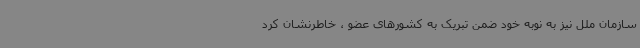
سازمان ملل نیز به نوبه خود ضمن تبریک به کشورهای عضو ، خاطرنشان کرد